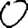
Digit: 0